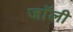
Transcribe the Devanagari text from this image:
जाॅली